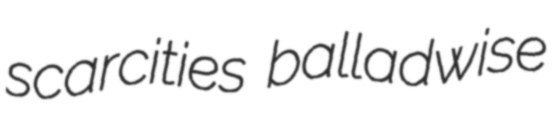
scarcities balladwise